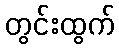
တွင်းထွက်